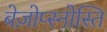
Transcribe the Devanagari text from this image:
बेज़ोप्स्नोस्ति